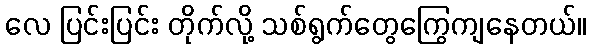
လေ ပြင်းပြင်း တိုက်လို့ သစ်ရွက်တွေကြွေကျနေတယ်။